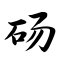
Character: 砀